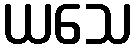
ယသေ